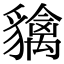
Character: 𧴐